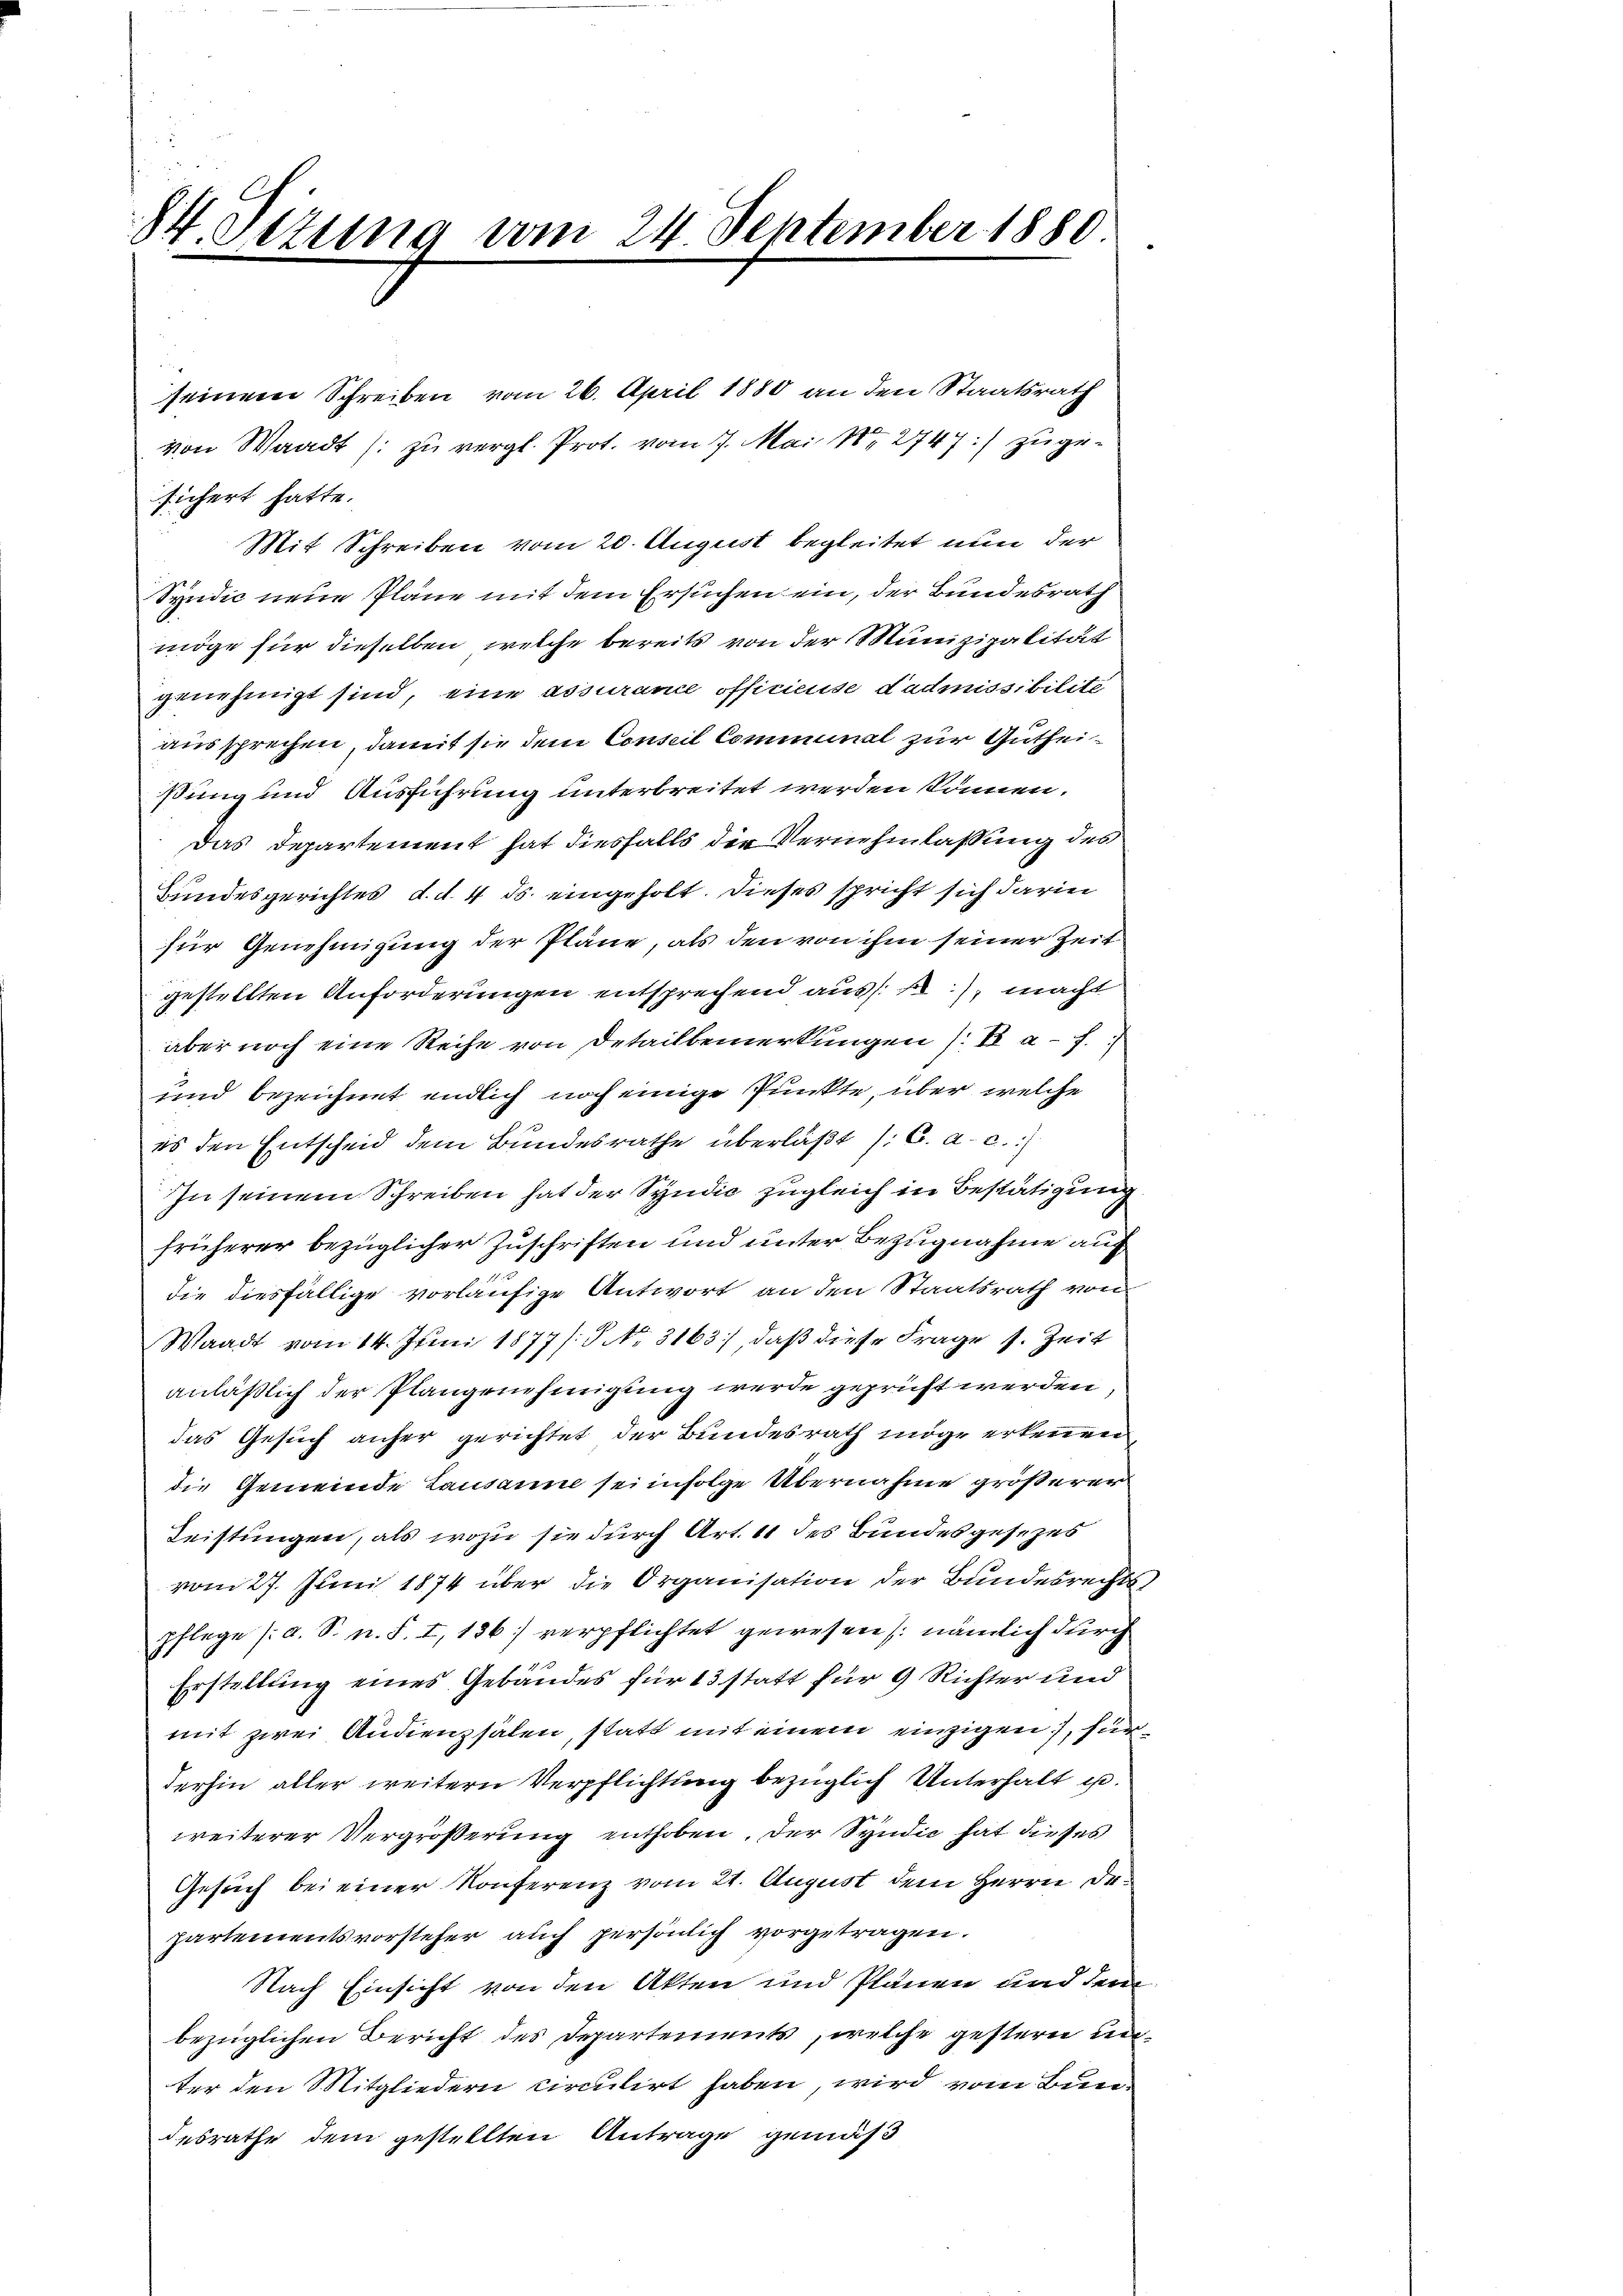
84. Sizung vom 24. September 1880

seinem Schreiben vom 26. April 1880 an den Staatsrath
von Waadt (: zu vergl. Prot. vom 7. Mai 182747) zuge¬

sichert hatte.
Mit Schreiben vom 20. August begleitet nun der
Syndic neue Pläne mit dem Ersuchen ein, der Bundesrath
möge für dieselben, welche bereits von der Munizipalität
genehmigt sind, eine assurance officieuse dadmissibilite
aussprechen, damit sie dem Conseil Communal zur Gutheißung und Ausführung unterbreitet werden können.
Das Departement hat diesfalls der Vernehmlassung des
Bundesgerichtes d. d. 4. ds. eingeholt. Dieses spricht sich darin
für Genehmigung der Pläne, als den von ihm seiner Zeit
gestellten Anforderungen entsprechend aus, macht
aber noch eine Reihe von Detailbemerkungen /: a. f.
und bezeichnet endlich noch einige Punkte, über welche
es den Entscheid dem Bundesrathe überläßt (C. a. c.
In seinem Schreiben hat der Syndic zugleich in Bestätigung
früherer bezüglicher Zuschriften und unter Bezugnahme auf
die diesfällige vorläufige Antwort an den Staatsrath von
Waadt vom 14. Juni 1877/: P. Nr. 3163), daß diese Frage s. Zeit
anläßlich der Plangenehmigung werde geprüft werden,
das Gesuch anher gerichtet der Bundesrath möge erkennen
die Gemeinde Lausanne sei infolge Übernahme größerer
Leistungen, als wozu sie durch Art. 11 des Bundesgesezes
vom 27. Juni 1874 über die Organisation der Bundesrechtspflege (a. S. n. F. I, 136) verpflichtet gewesen /: nämlich durch
Erstellung eines Gebäudes für 13 statt für 9 Richter und
mit zwei Audienzsälen, statt mit einem einzigen, fürderhin aller weitern Verpflichtung bezüglich Unterhalt u.
weiterer Vergrößerung enthoben, der Syndic hat dieses
Gesuch bei einer Konferenz vom 21. August dem Herrn Dr.
partementsvorsteher auch persönlich vorgetragen.
Nach Einsicht von den Akten und Plänen und dem
bezüglichen Bericht des Departements, welche gestern unter den Mitgliedern circulirt haben, wird vom Bundesrathe dem gestellten Antrage gemäß